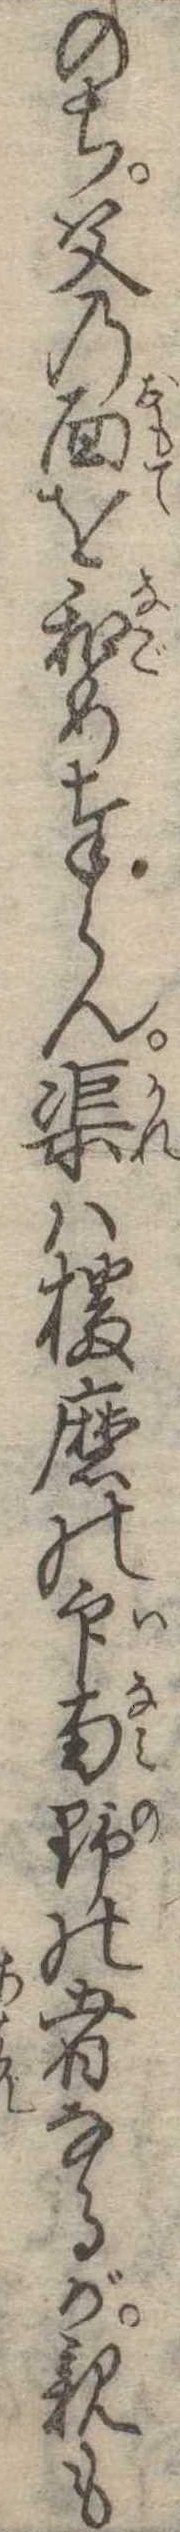
のち父の面を和め奉らん渠は播磨の印南野の者なるが親も